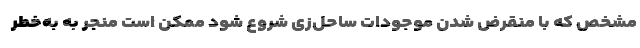
مشخص که با منقرض شدن موجودات ساحل‌زی شروع شود ممکن است منجر به به‌خطر